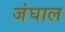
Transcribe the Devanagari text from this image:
जंघाल